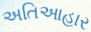
અતિઆહાર